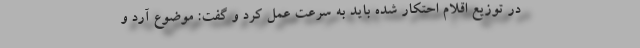
در توزیع اقلام احتکار شده باید به سرعت عمل کرد و گفت: موضوع آرد و